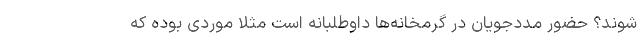
‌شوند؟ حضور مددجویان در گرمخانه‌ها داوطلبانه است مثلا موردی بوده که